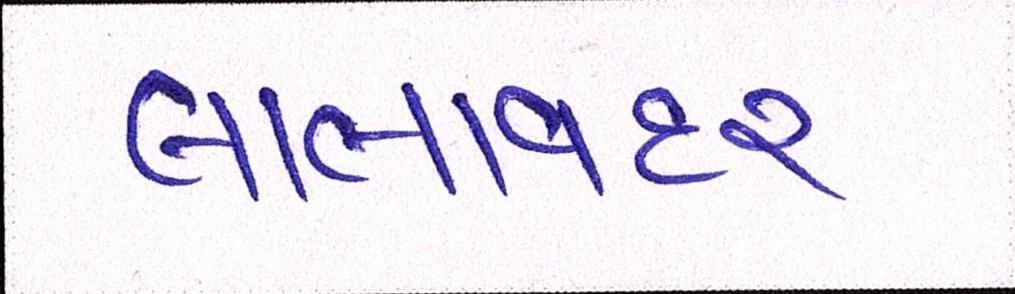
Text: લાલાવદર